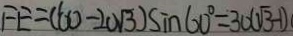
F E = ( 6 0 - 2 0 \sqrt { 3 } ) \sin 6 0 ^ { \circ } = 3 0 ( \sqrt { 3 } - 1 )